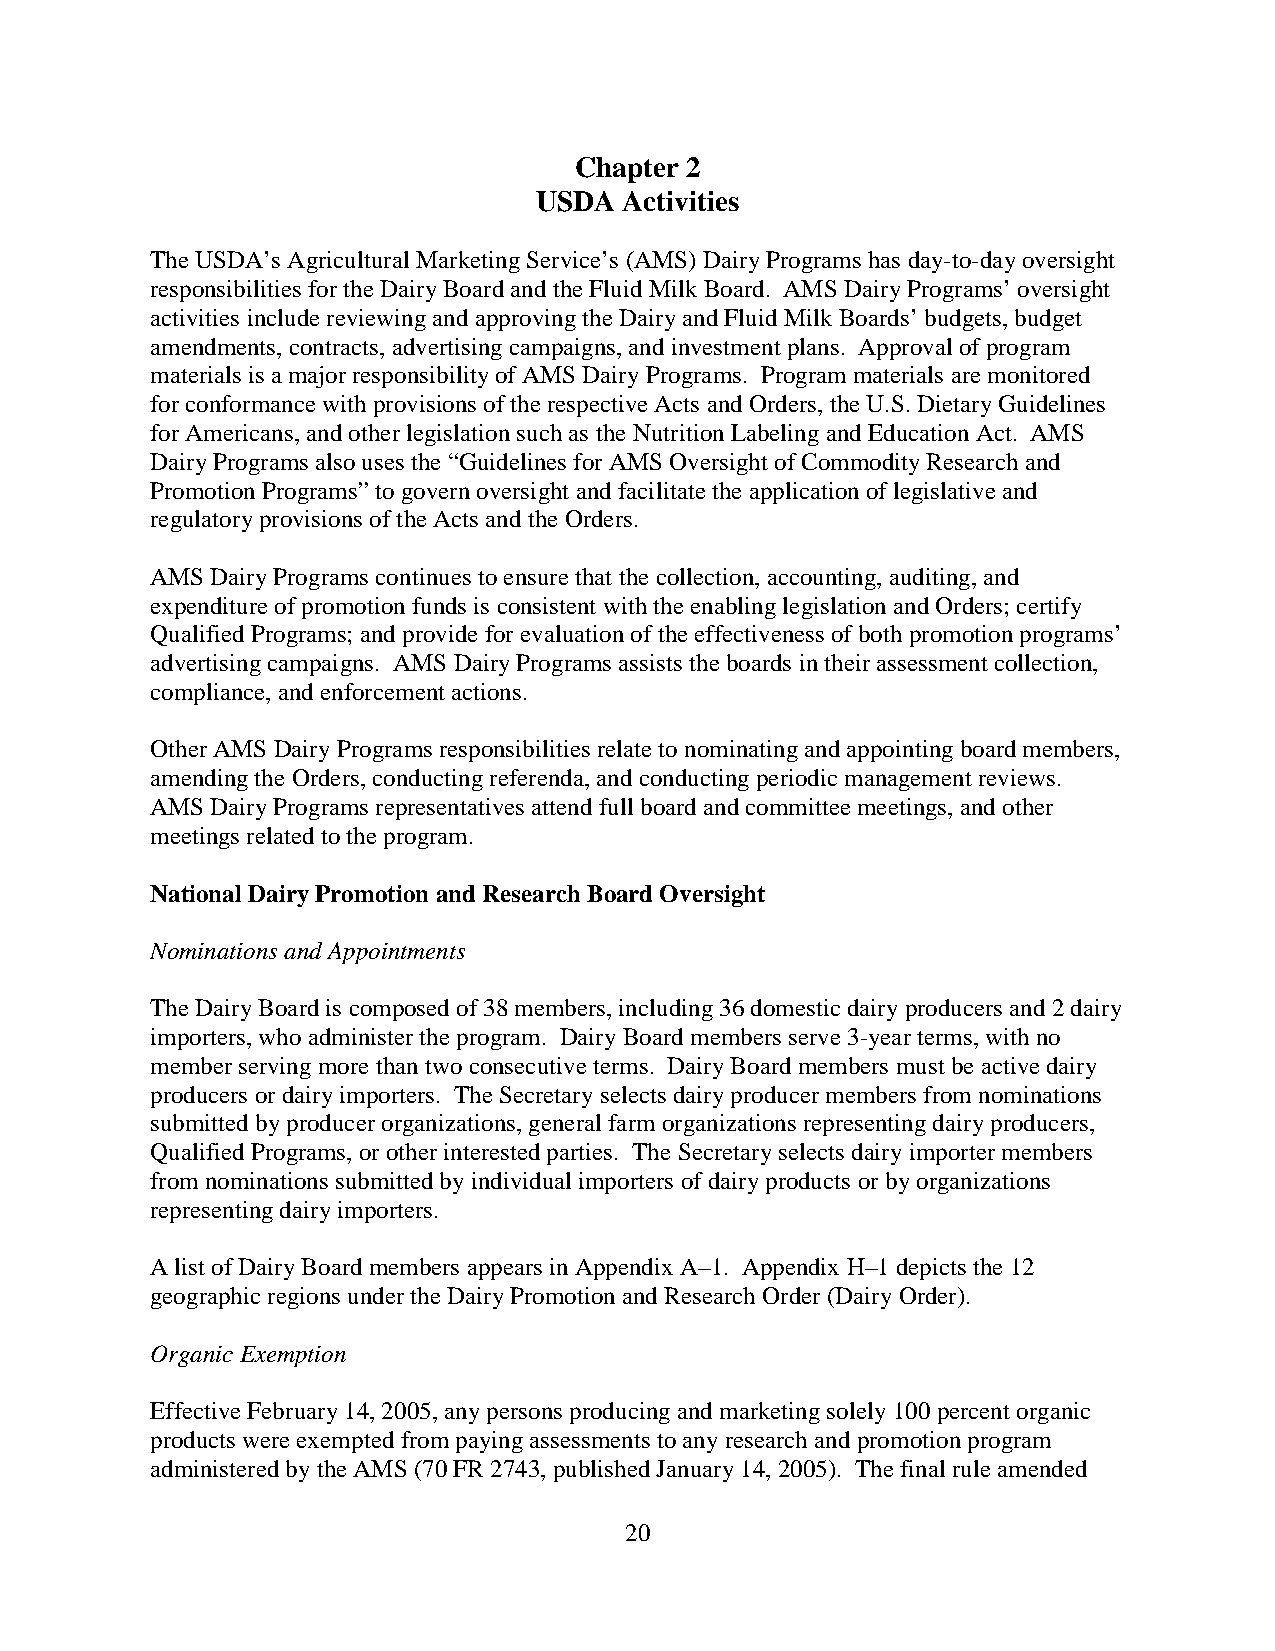
Chapter 2
 USDA  Activities
 The USDA’s Agricultural Marketing Service’s (AMS) Dairy Programs has day-to-day oversight
 responsibilities for the Dairy Board and the Fluid Milk Board. AMS Dairy Programs’ oversight
 activities include reviewing and approving the Dairy and Fluid Milk Boards’ budgets, budget
 amendments, contracts, advertising campaigns, and investment plans. Approval of program
 materials is a major responsibility of AMS Dairy Programs. Program materials are monitored
 for conformance with provisions of the respective Acts and Orders, the U.S. Dietary Guidelines
 for Americans, and other legislation such as the Nutrition Labeling and Education Act. AMS
 Dairy Programs also uses the “Guidelines for AMS Oversight of Commodity Research and
 Promotion Programs” to govern oversight and facilitate the application of legislative and
 regulatory provisions of the Acts and the Orders.
 AMS Dairy Programs continues to ensure that the collection, accounting, auditing, and
 expenditure of promotion funds is consistent with the enabling legislation and Orders; certify
 Qualified Programs; and provide for evaluation of the effectiveness of both promotion programs’
 advertising campaigns. AMS Dairy Programs assists the boards in their assessment collection,
 compliance, and enforcement actions.
 Other AMS Dairy Programs responsibilities relate to nominating and appointing board members,
 amending the Orders, conducting referenda, and conducting periodic management reviews.
 AMS Dairy Programs representatives attend full board and committee meetings, and other
 meetings related to the program.
 National Dairy Promotion and Research Board Oversight
 Nominations and Appointments
 The Dairy Board is composed of 38 members, including 36 domestic dairy producers and 2 dairy
 importers, who administer the program. Dairy Board members serve 3-year terms, with no
 member serving more than two consecutive terms. Dairy Board members must be active dairy
 producers or dairy importers. The Secretary selects dairy producer members from nominations
 submitted by producer organizations, general farm organizations representing dairy producers,
 Qualified Programs, or other interested parties. The Secretary selects dairy importer members
 from nominations submitted by individual importers of dairy products or by organizations
 representing dairy importers.
 A list of Dairy Board members appears in Appendix A–1. Appendix H–1 depicts the 12
 geographic regions under the Dairy Promotion and Research Order (Dairy Order).
 Organic Exemption
 Effective February 14, 2005, any persons producing and marketing solely 100 percent organic
 products were exempted from paying assessments to any research and promotion program
 administered by the AMS (70 FR 2743, published January 14, 2005). The final rule amended
 20